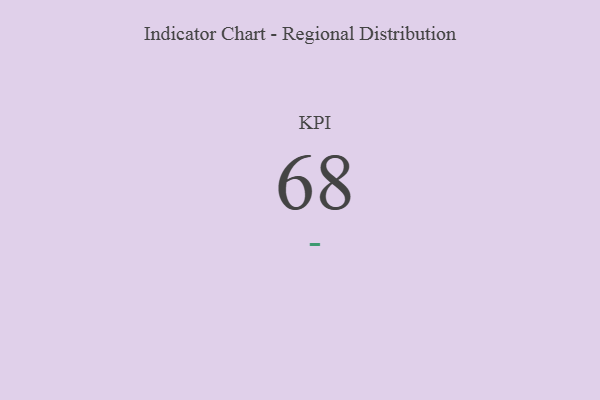
{"axis": {"x": "KPI", "y": "Value"}, "legend": [""], "data": [{"x": "KPI", "y": 68, "type": ""}]}